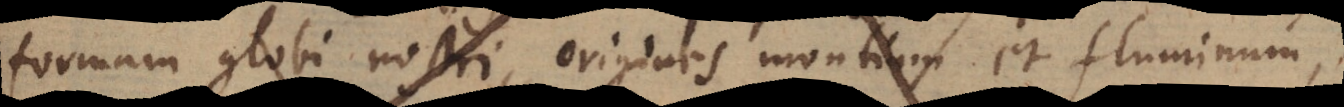
formam globi nostri, origines montium et fluminum,